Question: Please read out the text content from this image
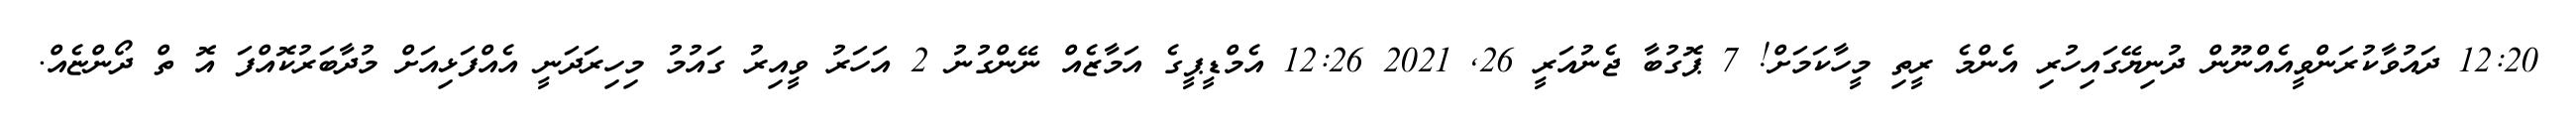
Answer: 12:20 ދައުވާކުރަންވީއެއްނޫން ދުނިޔޭގައިހުރި އެންމެ ރީތި މީހާކަމަށް! 7 ޕޮގުބާ ޖެނުއަރީ 26, 2021 12:26 އެމްޑީޕީގެ އަމާޒެއް ނޭންގުނު 2 އަހަރު ވީއިރު ގައުމު މިހިރަދަނީ އެއްފަޅިއަށް މުދާބަރުކޮއްފަ އޮ ތް ދޯންޏެއް.